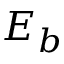
E _ { b }